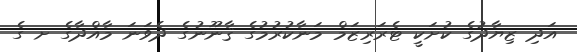
އަދި ޒިޔާދުގެ ކުށަކީ ޓެރަރިޒަމް މަނާކުރުމުގެ ޤާނޫނުގެ ދެވަނަ މާއްދާގެ ށ ގެ